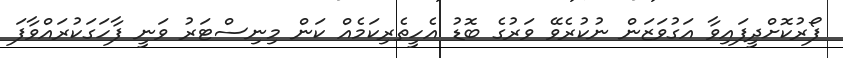
ފޯރުކޮށްދީފައިވާ އަގުވަޒަން ނުކުރެވޭ ވަރުގެ ބޮޑު އެހީތެރިކަމެއް ކަން މިނިސްޓަރު ވަނީ ފާހަގަކުރައްވާފަ